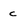
Character: c